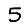
Digit: 5